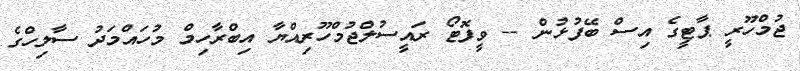
ޖުމްހޫރީ ޕާޓީގެ އިސް ބޭފުޅުން -- ވީފޮޓޯ ރައީސުލްޖުމްހޫރިއްޔާ އިބްރާހިމް މުހައްމަދު ސާލިހްގެ